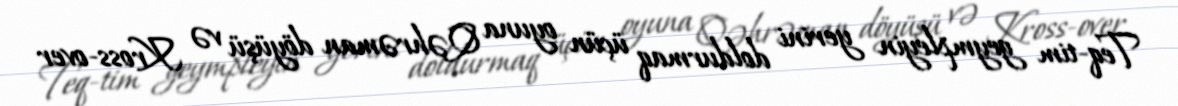
Teq-tim geympleyin yerini doldurmaq üçün oyuna Qəhrəman döyüşü və Kross-over